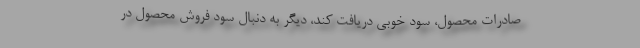
صادرات محصول، سود خوبی دریافت کند، دیگر به دنبال سود فروش محصول در